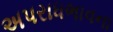
અપરાધભાવના